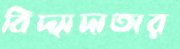
বিদ্যাদাতার